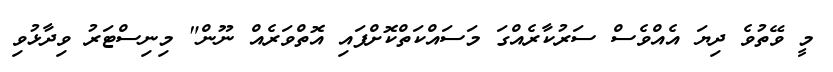
މީ ވޭތުވެ ދިޔަ އެއްވެސް ސަރުކާރެއްގަ މަސައްކަތްކޮށްފައި އޮތްވަރެއް ނޫން" މިނިސްޓަރު ވިދާޅުވި